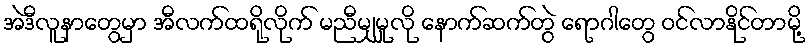
အဲဒီလူနာတွေမှာ အီလက်ထရိုလိုက် မညီမျှမှုလို နောက်ဆက်တွဲ ရောဂါတွေ ဝင်လာနိုင်တာမို့